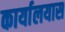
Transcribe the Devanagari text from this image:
कार्यालयास